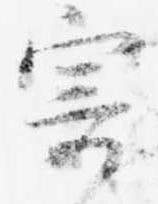
寄